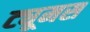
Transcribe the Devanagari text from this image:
ट्यूमस